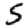
Digit: 5